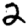
Digit: 2